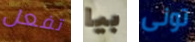
تفعل بيا تونى